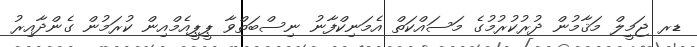
ޑރ ޖަމީލް މަޤާމުން ދުރުކުރުމުގެ މަސައްކަތް އެމަނިކްފާނު ނިސްބަތްވާ ޕީޕީއެމްއިން ކުރަމުން ގެންދާއިރު